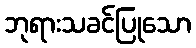
ဘုရားသခင်ပြုသော